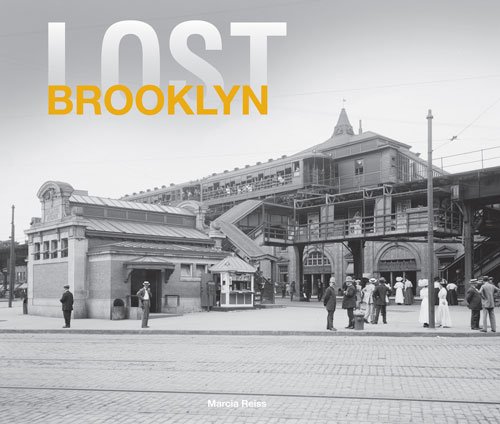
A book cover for Lost Brooklyn; Marcia Reiss; Arts & Photography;